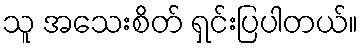
သူ အသေးစိတ် ရှင်းပြပါတယ်။